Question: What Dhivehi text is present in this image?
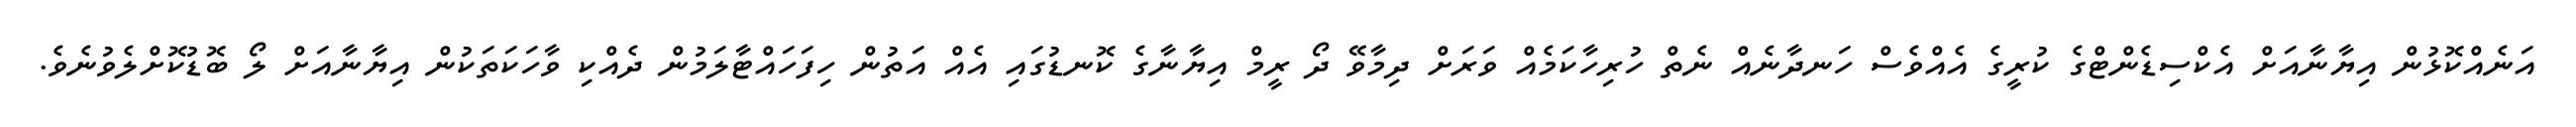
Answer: އަނެއްކޮޅުން އިޔާނާއަށް އެކްސިޑެންޓްގެ ކުރީގެ އެއްވެސް ހަނދާނެއް ނެތް ހުރިހާކަމެއް ވަރަށް ދިމާވޭ ދޯ ރީމް އިޔާނާގެ ކޮނޑުގައި އެއް އަތުން ހިފަހައްޓާލަމުން ދެއްކި ވާހަކަތަކުން އިޔާނާއަށް ލޯ ބޮޑުކޮށްލެވުނެވެ.